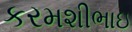
કરમશીભાઇ